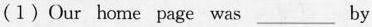
(1)Our home page was ___ by